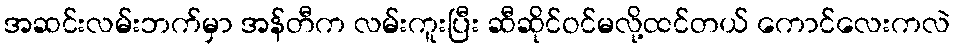
အဆင်းလမ်းဘက်မှာ အန်တီက လမ်းကူးပြီး ဆီဆိုင်ဝင်မလို့ထင်တယ် ကောင်လေးကလဲ